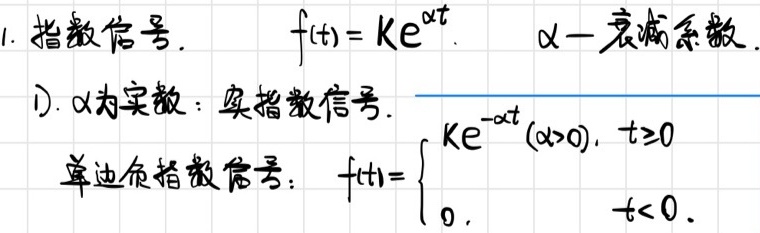
1. 指数信号. \(f(t)=Ke^{\alpha t}\). \(\alpha -\)衰减系数.
  1). \(\alpha\)为实数：实指数信号.
  单边负指数信号：\(f(t)=\begin{cases}Ke^{-\alpha t}(\alpha>0),&t\geq0\\0,&t<0\end{cases}\)